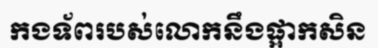
កងទ័ពរបស់លោកនឹងផ្អាកសិន